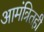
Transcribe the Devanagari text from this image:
आमंत्रितही